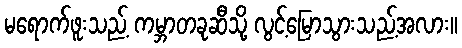
မရောက်ဖူးသည့် ကမ္ဘာတခုဆီသို့ လွင့်မြောသွားသည့်အလား။